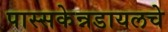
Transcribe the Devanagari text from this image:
पास्सकेन्नडायलचे